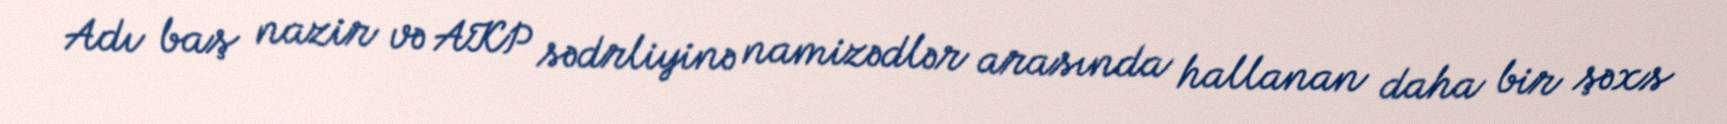
Adı baş nazir və AKP sədrliyinə namizədlər arasında hallanan daha bir şəxs